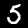
Label: 5